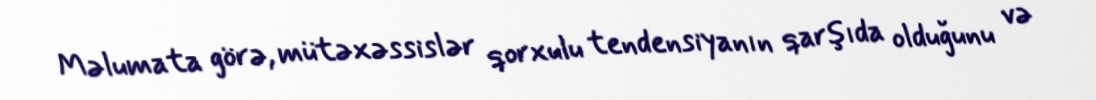
Məlumata görə, mütəxəssislər qorxulu tendensiyanın qarşıda olduğunu və